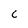
Character: 6